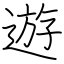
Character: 遊